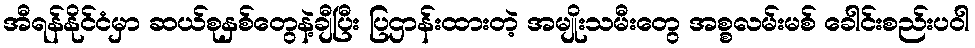
အီရန်နိုင်ငံမှာ ဆယ်စုနှစ်တွေနဲ့ချီပြီး ပြဌာန်းထားတဲ့ အမျိုးသမီးတွေ အစ္စလမ်းမစ် ခေါင်းစည်းပဝါ